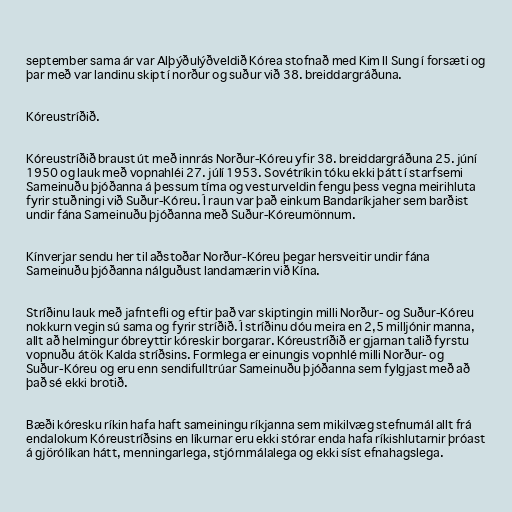
september sama ár var Alþýðulýðveldið Kórea stofnað med Kim Il Sung í forsæti og
þar með var landinu skipt í norður og suður við 38. breiddargráðuna.

Kóreustríðið.

Kóreustríðið braust út með innrás Norður-Kóreu yfir 38. breiddargráðuna 25. júní
1950 og lauk með vopnahléi 27. júlí 1953. Sovétríkin tóku ekki þátt í starfsemi
Sameinuðu þjóðanna á þessum tíma og vesturveldin fengu þess vegna meirihluta
fyrir stuðningi við Suður-Kóreu. Í raun var það einkum Bandaríkjaher sem barðist
undir fána Sameinuðu þjóðanna með Suður-Kóreumönnum.

Kínverjar sendu her til aðstoðar Norður-Kóreu þegar hersveitir undir fána
Sameinuðu þjóðanna nálguðust landamærin við Kína.

Stríðinu lauk með jafntefli og eftir það var skiptingin milli Norður- og Suður-Kóreu
nokkurn vegin sú sama og fyrir stríðið. Í stríðinu dóu meira en 2,5 milljónir manna,
allt að helmingur óbreyttir kóreskir borgarar. Kóreustríðið er gjarnan talið fyrstu
vopnuðu átök Kalda stríðsins. Formlega er einungis vopnhlé milli Norður- og
Suður-Kóreu og eru enn sendifulltrúar Sameinuðu þjóðanna sem fylgjast með að
það sé ekki brotið.

Bæði kóresku ríkin hafa haft sameiningu ríkjanna sem mikilvæg stefnumál allt frá
endalokum Kóreustríðsins en líkurnar eru ekki stórar enda hafa ríkishlutarnir þróast
á gjörólíkan hátt, menningarlega, stjórnmálalega og ekki síst efnahagslega.